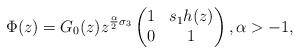
LaTeX: \begin{align*}\Phi(z) = G_{0}(z)z^{\frac{\alpha}{2}\sigma_{3}} \begin{pmatrix}1 & s_{1}h(z) \\ 0 & 1\end{pmatrix}, \alpha > -1,\end{align*}